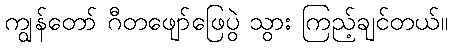
ကျွန်တော် ဂီတဖျော်ဖြေပွဲ သွား ကြည့်ချင်တယ်။